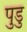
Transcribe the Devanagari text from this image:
पुडु